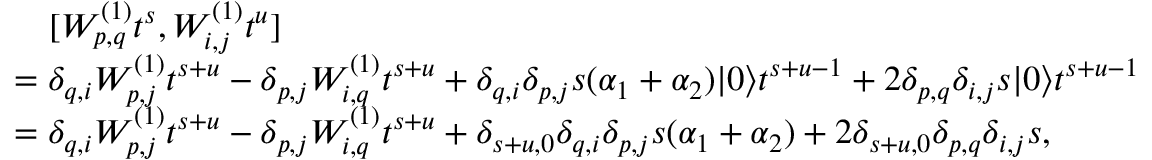
\begin{array} { r l } & { \quad [ W _ { p , q } ^ { ( 1 ) } t ^ { s } , W _ { i , j } ^ { ( 1 ) } t ^ { u } ] } \\ & { = \delta _ { q , i } W _ { p , j } ^ { ( 1 ) } t ^ { s + u } - \delta _ { p , j } W _ { i , q } ^ { ( 1 ) } t ^ { s + u } + \delta _ { q , i } \delta _ { p , j } s ( \alpha _ { 1 } + \alpha _ { 2 } ) | 0 \rangle t ^ { s + u - 1 } + 2 \delta _ { p , q } \delta _ { i , j } s | 0 \rangle t ^ { s + u - 1 } } \\ & { = \delta _ { q , i } W _ { p , j } ^ { ( 1 ) } t ^ { s + u } - \delta _ { p , j } W _ { i , q } ^ { ( 1 ) } t ^ { s + u } + \delta _ { s + u , 0 } \delta _ { q , i } \delta _ { p , j } s ( \alpha _ { 1 } + \alpha _ { 2 } ) + 2 \delta _ { s + u , 0 } \delta _ { p , q } \delta _ { i , j } s , } \end{array}